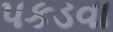
પકડવા